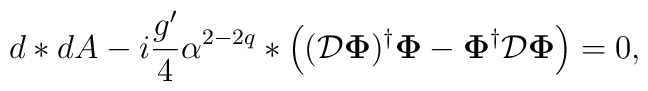
d*dA -i\frac{g^\prime}{4} \alpha^{2-2q} *\left ( ({\cal{D}} {\bf\Phi})^{\dagger} {\bf \Phi} - {\bf \Phi}^{\dagger} {\cal{D}} {\bf\Phi} \right ) = 0 ,